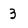
Character: 3